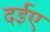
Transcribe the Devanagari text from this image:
दईए